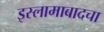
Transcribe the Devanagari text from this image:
इस्लामाबादचा